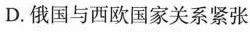
D.俄国与西欧国家关系紧张